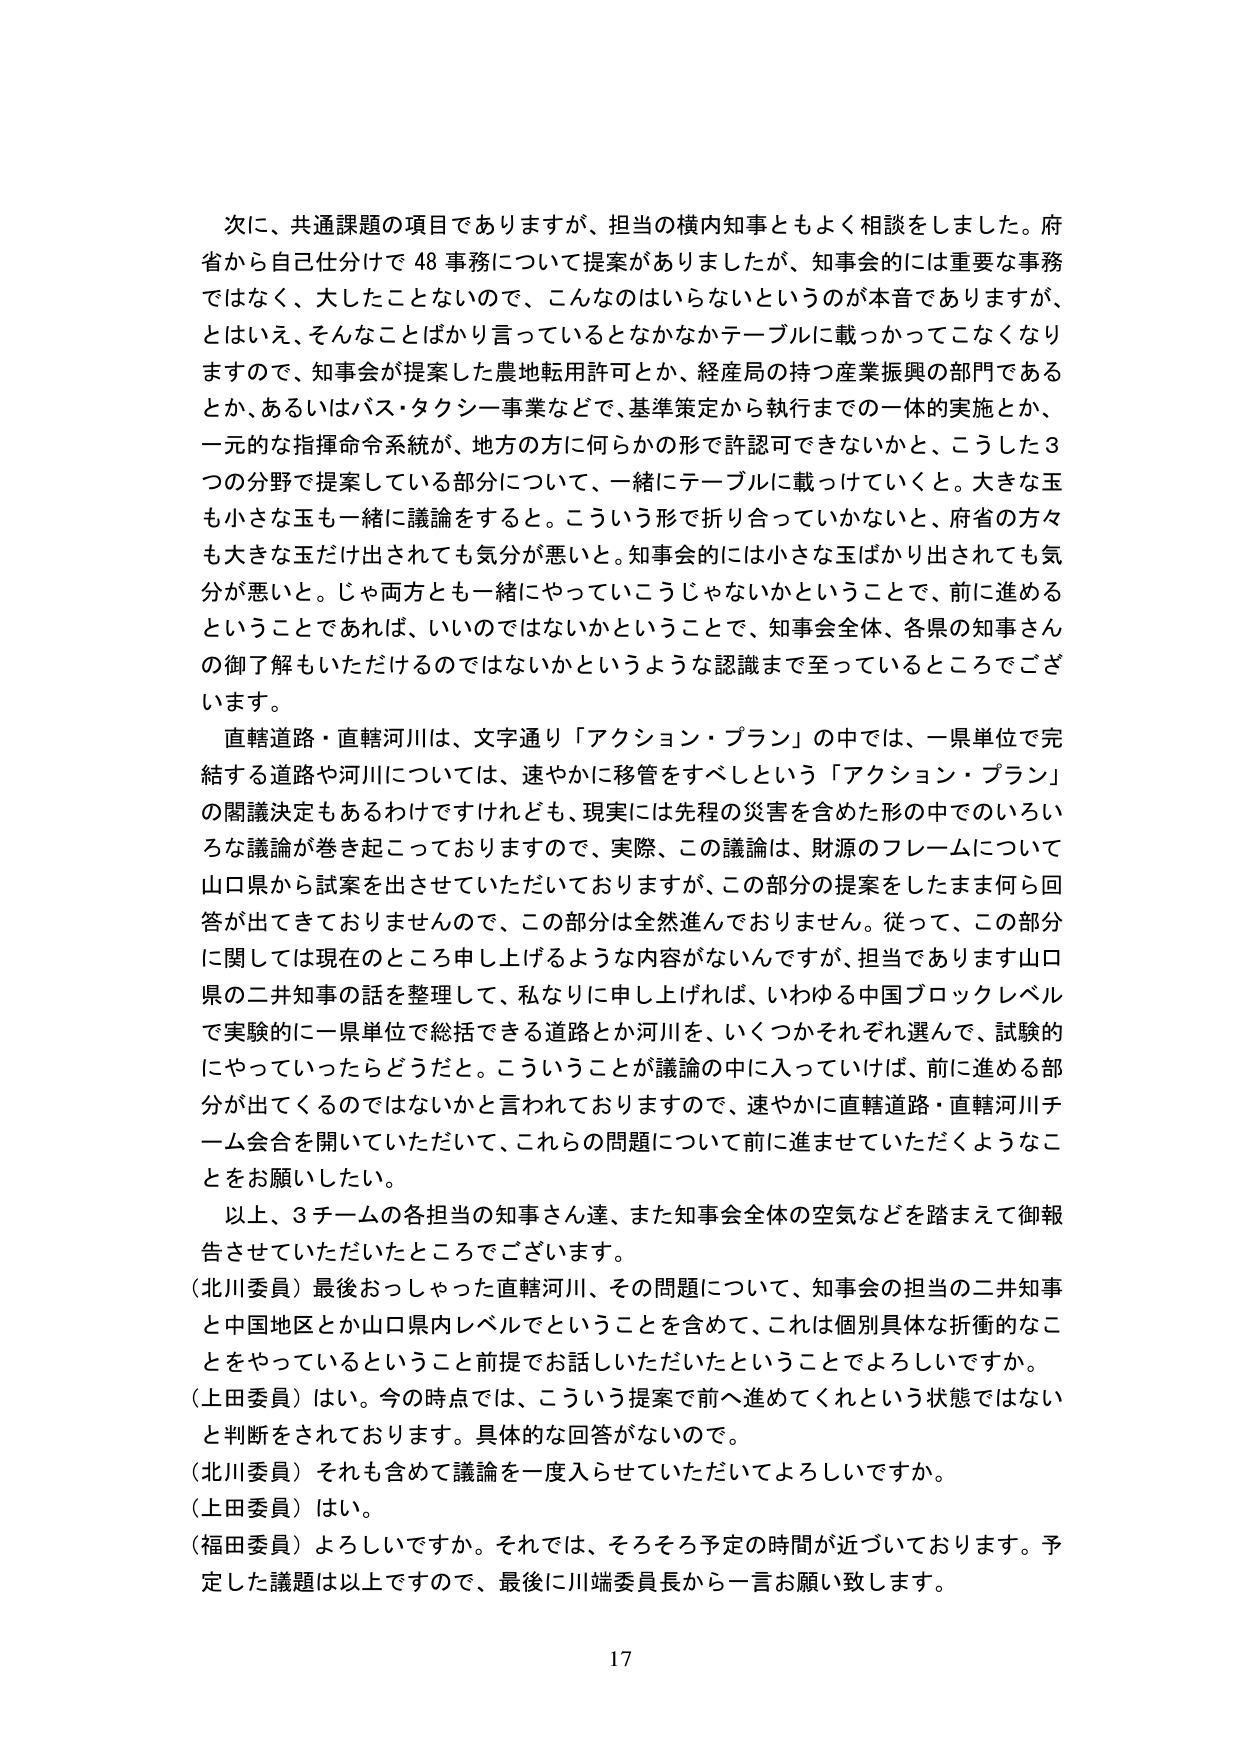
次に、共通課題の項目でありますが、担当の横内知事ともよく相談をしました。府省から自己仕分けで48事務について提案がありましたが、知事会的には重要な事務ではなく、大したことないので、こんなのはないらしいというのが本音でありますが、とはいえ、そんなことばかり言っているとなかなかテーブルに載っかってこなくなりますので、知事会が提案した農地転用許可とか、経産局の持つ産業振興の部門であるとか、あるいはバス・タクシー事業などで、基準策定から執行までの一体的実施とか、一元的な指揮命令系統が、地方の方に何らかの形で許認可できないかと、こうした3つの分野で提案している部分について、一緒にテーブルに載っかけていくと。大きな玉も小さな玉も一緒に議論をすると。こういう形で折り合っていかないと、府省の方々も大きな玉だけ出されても気分が悪いと。知事会的には小さな玉ばかり出されても気分が悪いと。じゃ両方も一緒にやっていこうじゃないかということで、前に進めるということであれば、いいのではないかということで、知事会全体、各県の知事さんの御了解もいただけるのではないかというような認識まで至っているところでございます。

直轄道路・直轄河川は、文字通り「アクション・プラン」の中では、一県単位で完結する道路や河川については、速やかに移管をすべしという「アクション・プラン」の閣議決定もあるわけですけれども、現実には先程の災害を含めた形の中でのいろいろな議論が巻き起こっておりますので、実際、この議論は、財源のフレームについて山口県から試案を出させていただいておりますが、この部分の提案をしたまま何ら回答が出てきておりませんので、この部分は全然進んでおりません。従って、この部分に関しては現在のところ申し上げるような内容がないんですが、担当であります山口県の二井知事の話を整理して、私なりに申し上げれば、いわゆる中国ブロックレベルで実験的に一県単位で総括できる道路とか河川を、いくつかそれぞれ選んで、試験的にやっていったらどうだと。こういうことが議論の中に入っていけば、前に進める部分が出てくるのではないかと言われておりますので、速やかに直轄道路・直轄河川チーム会合を開いていただいて、これらの問題について前に進ませていただくようなことをお願いしたい。

以上、3チームの各担当の知事さん達、また知事会全体の空気などを踏まえて御報告させていただいたところでございます。

（北川委員）最後おっしゃった直轄河川、その問題について、知事会の担当の二井知事と中国地区とか山口県内レベルでということを含めて、これは個別具体的な折衝的なことをやっているということ前提でお話しいただきたいということでよろしいですか。

（上田委員）はい。今の時点では、こういう提案で前へ進めてくれという状態ではないと判断をされております。具体的な回答がないので。

（北川委員）それも含めて議論を一度入らせていただいてよろしいですか。

（上田委員）はい。

（福田委員）よろしいですか。それでは、そろそろ予定の時間が近づいております。予定した議題は以上ですので、最後に川端委員長から一言お願い致します。

17